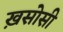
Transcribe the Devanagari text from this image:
ख़सोसी